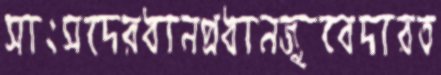
সাংসদেরধানপ্রধানজুবেদারত